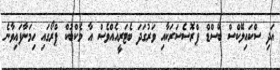
އަދި ސްކައިލޭކްސް ބޭސްޑް ޕްރޮސެސަރަކާއި ވަރުގަދަ ބެޓަރީއެއްވެސް އާ މެކްބުކް ޕްރޯގައި ހިމަނާފައިވާނެ